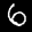
Label: 6